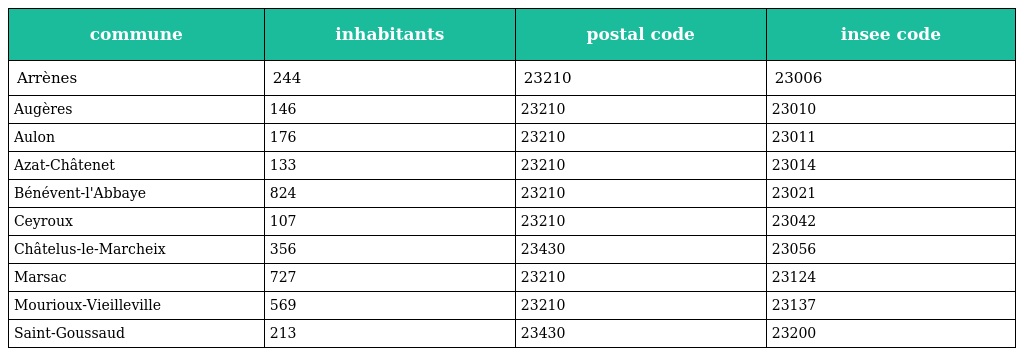
| commune | inhabitants | postal code | insee code |
 | --- | --- | --- | --- |
 | Arrènes | 244 | 23210 | 23006 |
 | Augères | 146 | 23210 | 23010 |
 | Aulon | 176 | 23210 | 23011 |
 | Azat-Châtenet | 133 | 23210 | 23014 |
 | Bénévent-l'Abbaye | 824 | 23210 | 23021 |
 | Ceyroux | 107 | 23210 | 23042 |
 | Châtelus-le-Marcheix | 356 | 23430 | 23056 |
 | Marsac | 727 | 23210 | 23124 |
 | Mourioux-Vieilleville | 569 | 23210 | 23137 |
 | Saint-Goussaud | 213 | 23430 | 23200 |